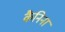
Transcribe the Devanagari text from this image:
कैनिना